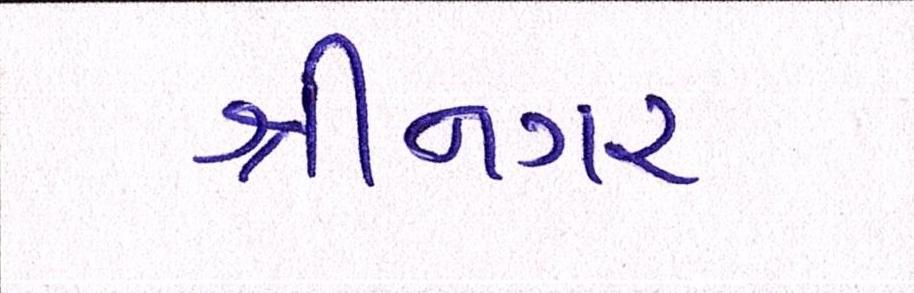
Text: શ્રીનગર